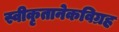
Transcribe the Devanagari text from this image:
स्वीकृतानेकविग्रह